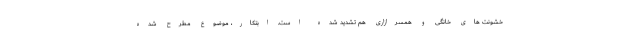
خشونت های خانگی و همسرازاری هم تشدید شده است. ابتکار، موضوع مطرح شده